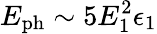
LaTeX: E_{\mathrm{ph}}\sim 5E_{1}^{2}\epsilon_{1}